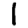
Digit: 1